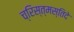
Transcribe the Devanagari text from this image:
च्रिस्त्मस्तिदे